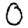
Digit: 0